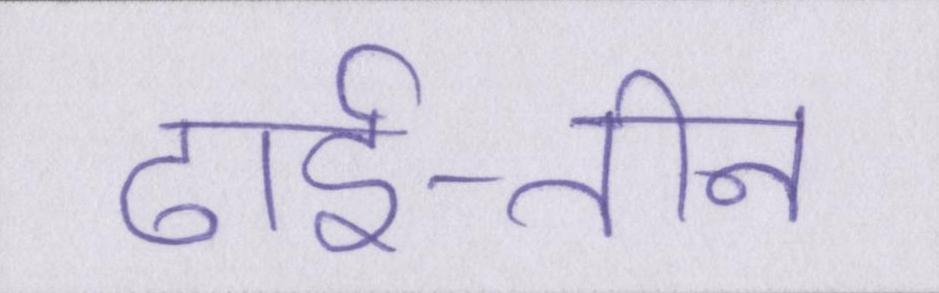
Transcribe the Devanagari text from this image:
ढाई-तीन